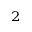
^ 2